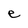
Character: e